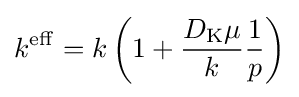
k^{\mathrm {eff} }=k\left(1+{\frac {D_{\mathrm {K} }\mu }{k}}{\frac {1}{p}}\right)